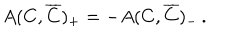
A ( C , \overline { { { C } } } ) _ { + } = - A ( C , \overline { { { C } } } ) _ { - } \, .